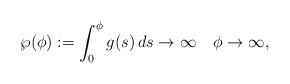
LaTeX: \begin{align*}\wp(\phi) := \int^\phi_0 g(s)\,ds \to \infty \,\,\, \,\,\, \phi \to \infty,\end{align*}